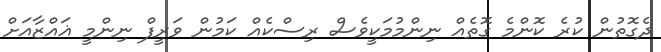
ދެގޮތުން ކުރެ ކޮންމެ ގޮތެއް ނިންމުމަކީވެސް ރިސްކެއް ކަމުން ވަރީފް ނިންމީ ޣައްޒާއަށް